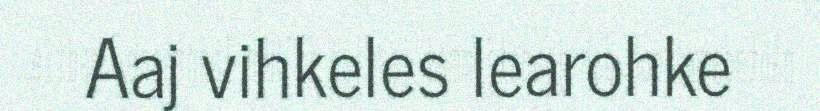
Aaj vihkeles learohke